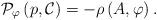
LaTeX: \begin{align*}\mathcal{P}_{\varphi}\left(p,\mathcal{C}\right)=-\rho\left(A,\varphi\right).\end{align*}